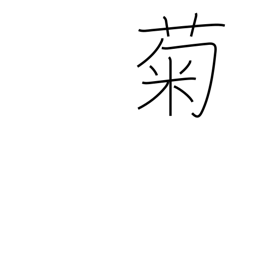
Meaning: chrysanthemum